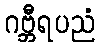
ဂဗ္ဘီရပညံ